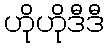
ဟိုဟိုဒီဒီ